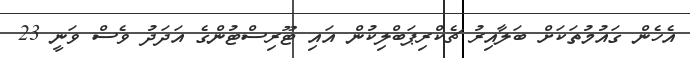
އެހެން ގައުމުތަކަށް ބަލާއިރު ޗެކްރިޕަބްލިކުން އައި ޓޫރިސްޓުންގެ އަދަދު ވެސް ވަނީ 23